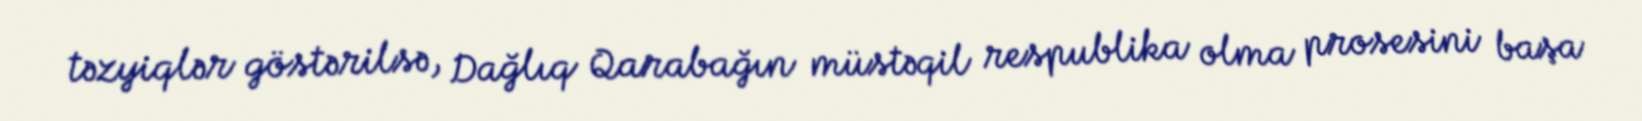
təzyiqlər göstərilsə, Dağlıq Qarabağın müstəqil respublika olma prosesini başa